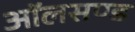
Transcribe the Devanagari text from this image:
ऑलसण्ड